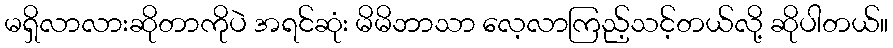
မရှိလာလားဆိုတာကိုပဲ အရင်ဆုံး မိမိဘာသာ လေ့လာကြည့်သင့်တယ်လို့ ဆိုပါတယ်။